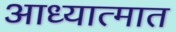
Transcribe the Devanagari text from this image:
आध्यात्मात